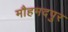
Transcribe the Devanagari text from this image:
मौहमदपुर